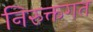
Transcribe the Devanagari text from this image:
निरुक्तगत